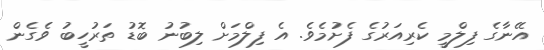
އޭނާގެ ފިލްމީ ކެރިއަރުގެ ފެށުމެވެ. އެ ފިލްމަށް ލިބުނު ބޮޑު ތަރުހީބު ވެގެން